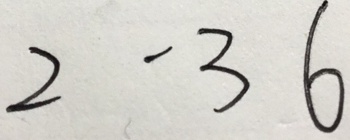
2 - 3 6